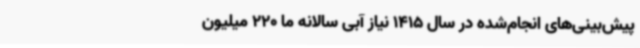
پیش‌بینی‌های انجام‌شده در سال 1415 نیاز آبی سالانه ما 220 میلیون